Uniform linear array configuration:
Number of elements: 16
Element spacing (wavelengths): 0.25
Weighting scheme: blackman
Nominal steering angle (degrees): -15
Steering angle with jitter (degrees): -15.47
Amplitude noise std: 0.05
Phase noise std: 0.05

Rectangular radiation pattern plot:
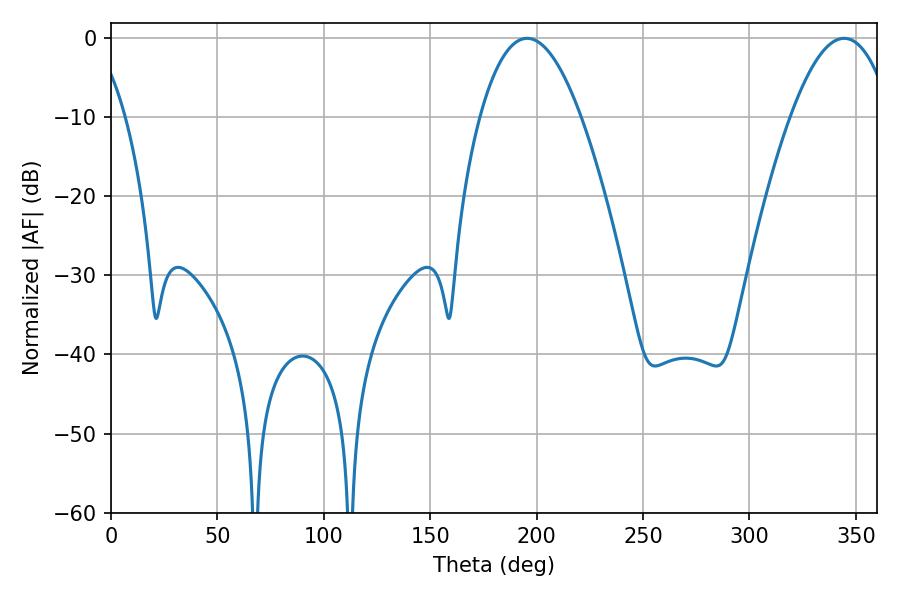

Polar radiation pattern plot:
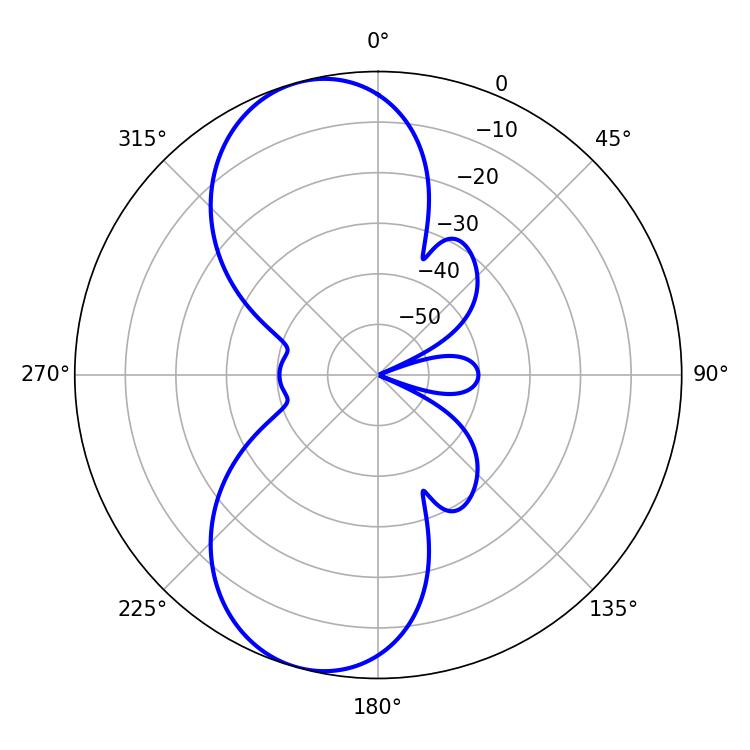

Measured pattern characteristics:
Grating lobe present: FALSE
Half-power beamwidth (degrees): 26.1
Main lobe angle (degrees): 195.48